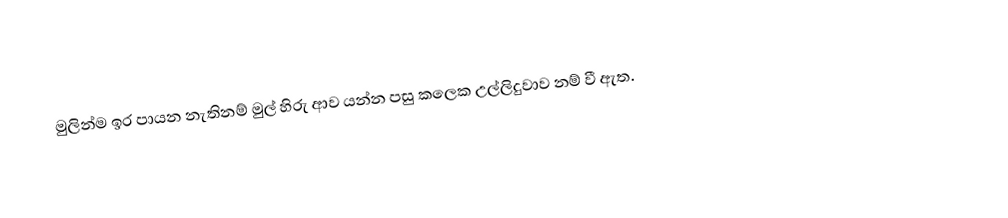
මුලින්ම ඉර පායන නැතිනම් මුල් හිරු ආව යන්න පසු කලෙක උල්ලිදුවාව නම් වී ඇත.